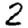
Digit: 2